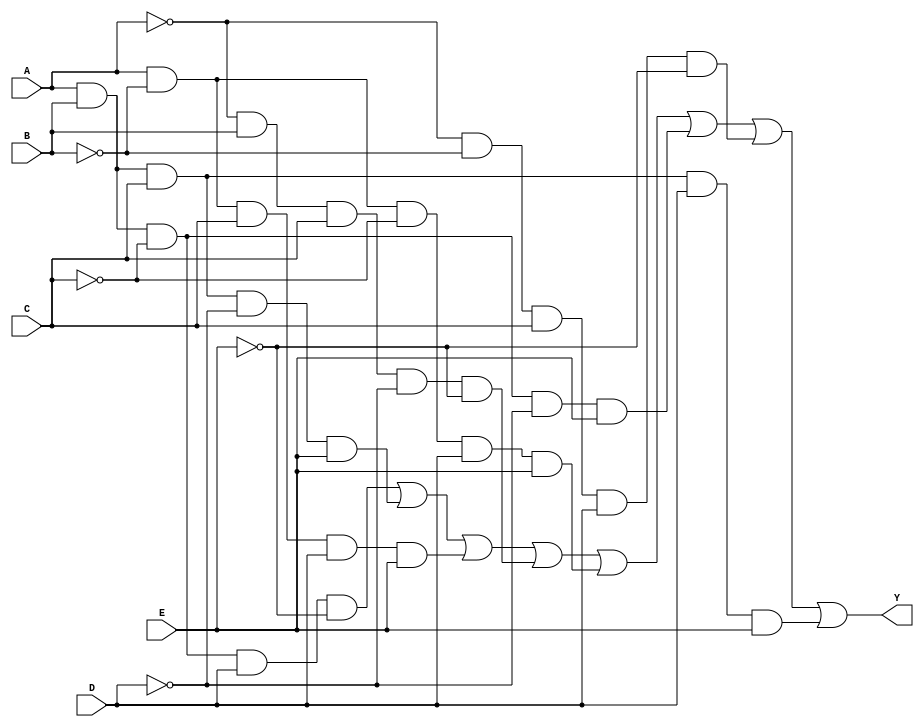
module five_variable_kmap (
    input wire A, // Input variable A
    input wire B, // Input variable B
    input wire C, // Input variable C
    input wire D, // Input variable D
    input wire E, // Input variable E
    output wire Y // Output variable Y
);

// Define the logic for Y based on the K-map
// This example assumes a specific K-map simplification.
// You need to replace the logic below with the actual minterms for your function.

assign Y = (A & B & ~C & D & ~E) |  // Minterm 0
           (A & B & C & ~D & E) |   // Minterm 1
           (A & ~B & C & D & E) |   // Minterm 2
           (~A & B & C & ~D & ~E) | // Minterm 3
           (A & ~B & ~C & D & E) |  // Minterm 4
           (A & B & ~C & ~D & E) |  // Minterm 5
           (~A & ~B & C & D & ~E) | // Minterm 6
           (A & B & C & D & E);     // Minterm 7

// Add additional logic for other minterms as required based on your K-map

endmodule